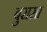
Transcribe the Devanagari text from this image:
बुरासा